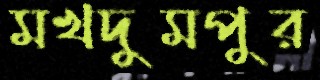
মখদুমপুর